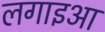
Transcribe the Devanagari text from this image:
लगाइआ